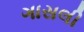
ગાસલી